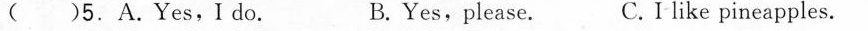
( )5.A.Yes,I do. B.Yes,please. C.I like pineapples.